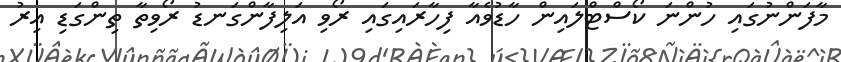
މާފަންނުގައި ހުންނަ ކޯސްޓްލައިން ހާޑުވެއާ ފިހާރައިގައި ރޯވި އަލިފާންގަނޑު ރޯވިތާ ތިންގަޑި އިރު